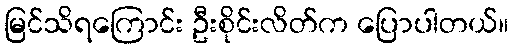
မြင်သိရကြောင်း ဦးစိုင်းလိတ်က ပြောပါတယ်။